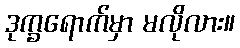
ဒုက္ခရောက်မှာ မလိုလား။